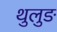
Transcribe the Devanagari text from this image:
थुलुङ